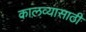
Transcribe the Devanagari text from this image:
कालव्यासाठी